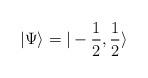
LaTeX: \begin{align*}\vert \Psi \rangle = \vert -\frac{1}{2}, \frac{1}{2} \rangle\end{align*}